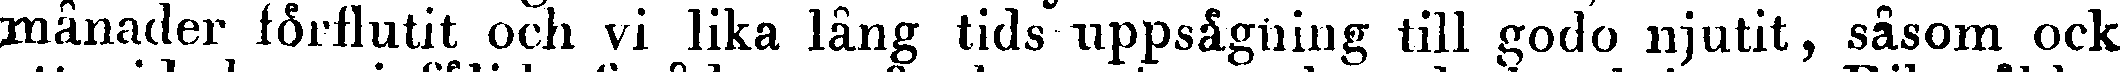
månader förflutit och vi lika lång tids uppsägning till godo njutit, såsom ock